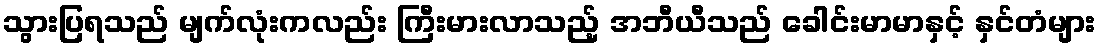
သွားပြရသည် မျက်လုံးကလည်း ကြီးမားလာသည့် အဘီယီသည် ခေါင်းမာမာနှင့် နှင်တံများ